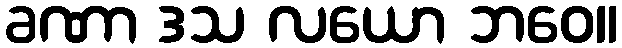
ခဏာ ဒသ လယော ဘဝေ။